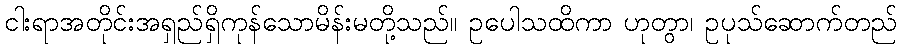
ငါးရာအတိုင်းအရှည်ရှိကုန်သောမိန်းမတို့သည်။ ဥပေါသထိကာ ဟုတွာ၊ ဥပုသ်ဆောက်တည်